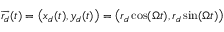
\overrightarrow { r _ { d } } ( t ) = \left( x _ { d } ( t ) , y _ { d } ( t ) \right) = \left( r _ { d } \cos ( \Omega t ) , r _ { d } \sin ( \Omega t ) \right)